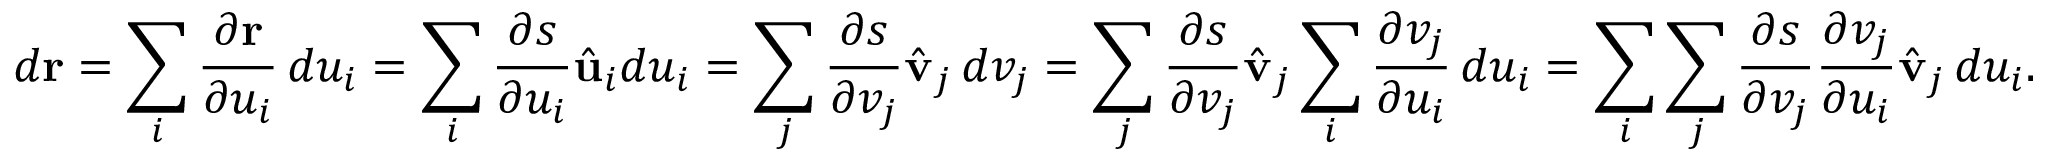
d \mathbf { r } = \sum _ { i } { \frac { \partial \mathbf { r } } { \partial u _ { i } } } \, d u _ { i } = \sum _ { i } { \frac { \partial s } { \partial u _ { i } } } { \hat { \mathbf { u } } } _ { i } d u _ { i } = \sum _ { j } { \frac { \partial s } { \partial v _ { j } } } { \hat { \mathbf { v } } } _ { j } \, d v _ { j } = \sum _ { j } { \frac { \partial s } { \partial v _ { j } } } { \hat { \mathbf { v } } } _ { j } \sum _ { i } { \frac { \partial v _ { j } } { \partial u _ { i } } } \, d u _ { i } = \sum _ { i } \sum _ { j } { \frac { \partial s } { \partial v _ { j } } } { \frac { \partial v _ { j } } { \partial u _ { i } } } { \hat { \mathbf { v } } } _ { j } \, d u _ { i } .